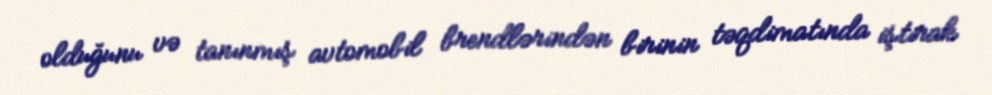
olduğunu və tanınmış avtomobil brendlərindən birinin təqdimatında iştirak